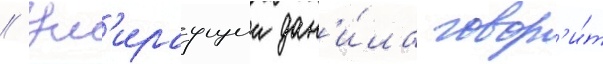
// Ум'ираущии дан'и́ла говор'и́т